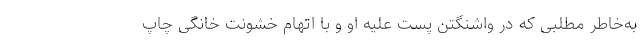
به‌خاطر مطلبی که در واشنگتن پست علیه او و با اتهام خشونت خانگی چاپ